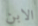
الابن